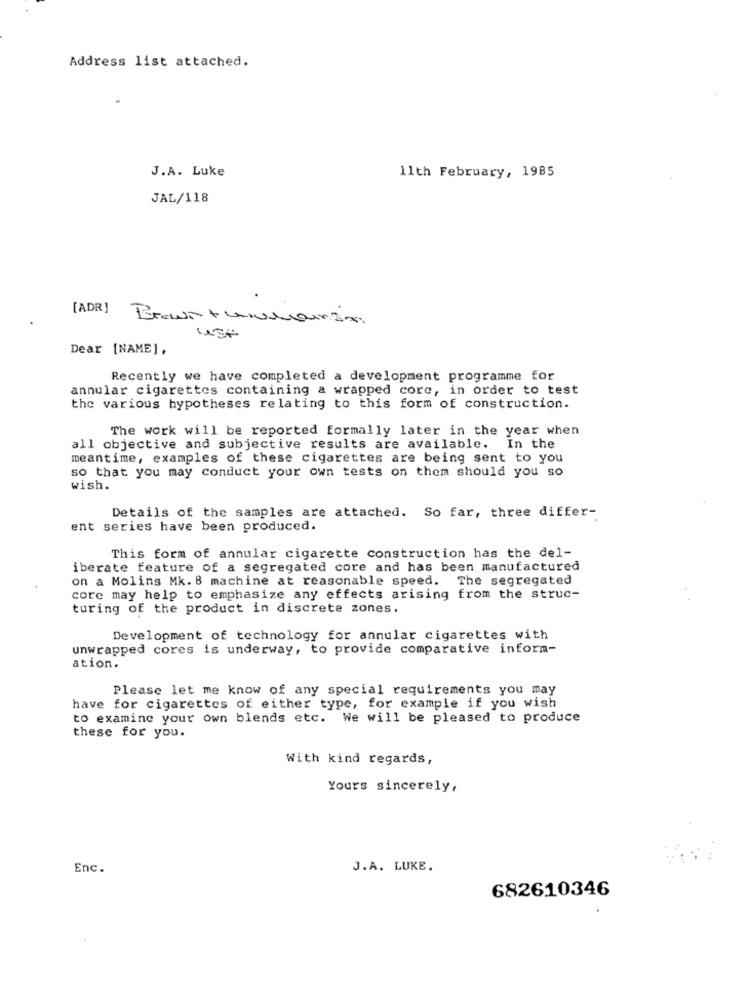
Address list attached.
11th February, 1985
J.A. Luke
JAL/118
[ADR] Brawn tuunaman
Dear [NAME],
Recently we have completed a development programme for
annular cigarettes containing a wrapped core, in order to test
the various hypotheses relating to this form of construction.
The work will be reported formally later in the year when
all objective and subjective results are available.
In the
meantime, examples of these cigarettes are being sent to you
so that you may conduct your own tests on them should you so
wish.
Details of the samples are attached. So far, three differ-
ent series have been produced.
This form of annular cigarette construction has the del-
iberate feature of a segregated core and has been manufactured
on a Molins Mk. 8 machine at reasonable speed.
The segregated
core may help to emphasize any effects arising from the struc-
turing of the product in discrete zones.
Development of technology for annular cigarettes with
unwrapped cores is underway, to provide comparative inform-
ation.
Please let me know of any special requirements you may
have for cigarettes of either type, for example if you wish
to examine your own blends etc. We will be pleased to produce
these for you.
With kind regards,
Yours sincerely,
Enc.
J.A. LUKE.
682610346